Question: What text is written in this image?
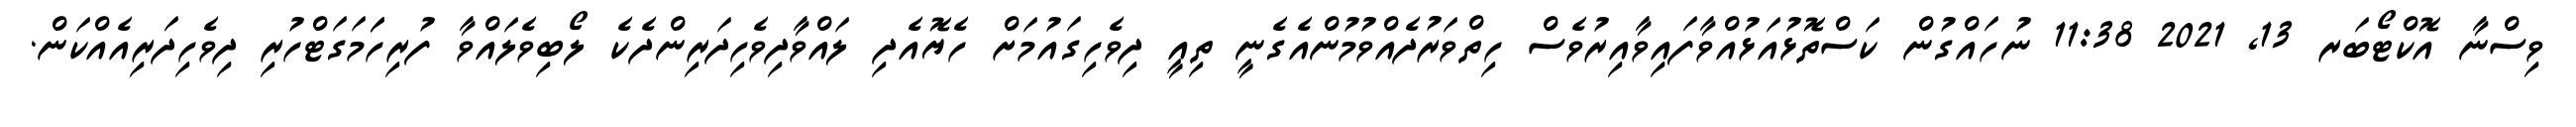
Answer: ވިސްނާ އޮކްޓޯބަރ 13, 2021 11:38 ނުހައްގުން ކަސްތޮޅުއަޅުއްވާފައިވާއިރުވެސް ހިތްވަރުދެއްވުމުންއެގެނީ ތިއީ ދިވެހިގައުމަށް ހެޔޮއެދި ލައްވާދިވެހިދަރިންދެކެ ލޯބިވެލައްވާ ފުރިހަަމަގަޓްހުރި ދިވެހިދަރިއެއްކަން.